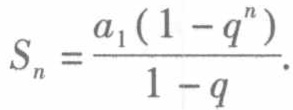
\[S_{n}=\frac{a_{1}(1 - q^{n})}{1 - q}.\]